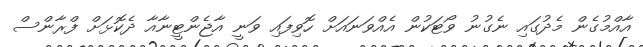
އާއްމުގެން މެދުގައި ނެގުނު ވޯޓަކުން އެއްވަނައަށް ހޮވިފައި ވަނީ އާޖެންޓީނާއާ ދެކޮޅަށް ފްރާންސް